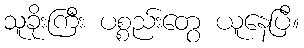
သူခိုးကြီး ပစ္စည်းတွေ ယူနေပြီ။